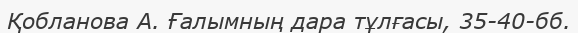
Қобланова А. Ғалымның дара тұлғасы, 35-40-бб.